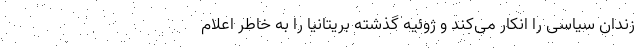
زندان سیاسی را انکار می‌کند و ژوئیه گذشته بریتانیا را به خاطر اعلام